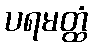
ပရမတ္ထံ